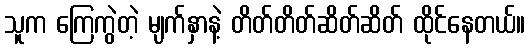
သူက ကြေကွဲတဲ့ မျက်နှာနဲ့ တိတ်တိတ်ဆိတ်ဆိတ် ထိုင်နေတယ်။